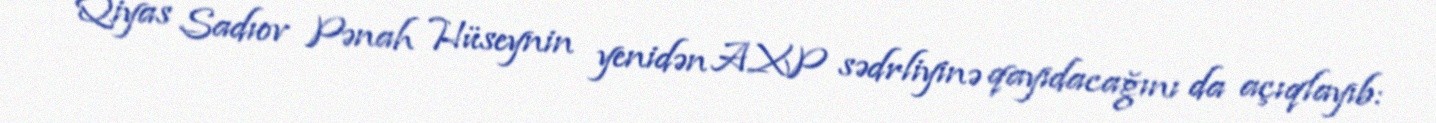
Qiyas Sadıov Pənah Hüseynin yenidən AXP sədrliyinə qayıdacağını da açıqlayıb: